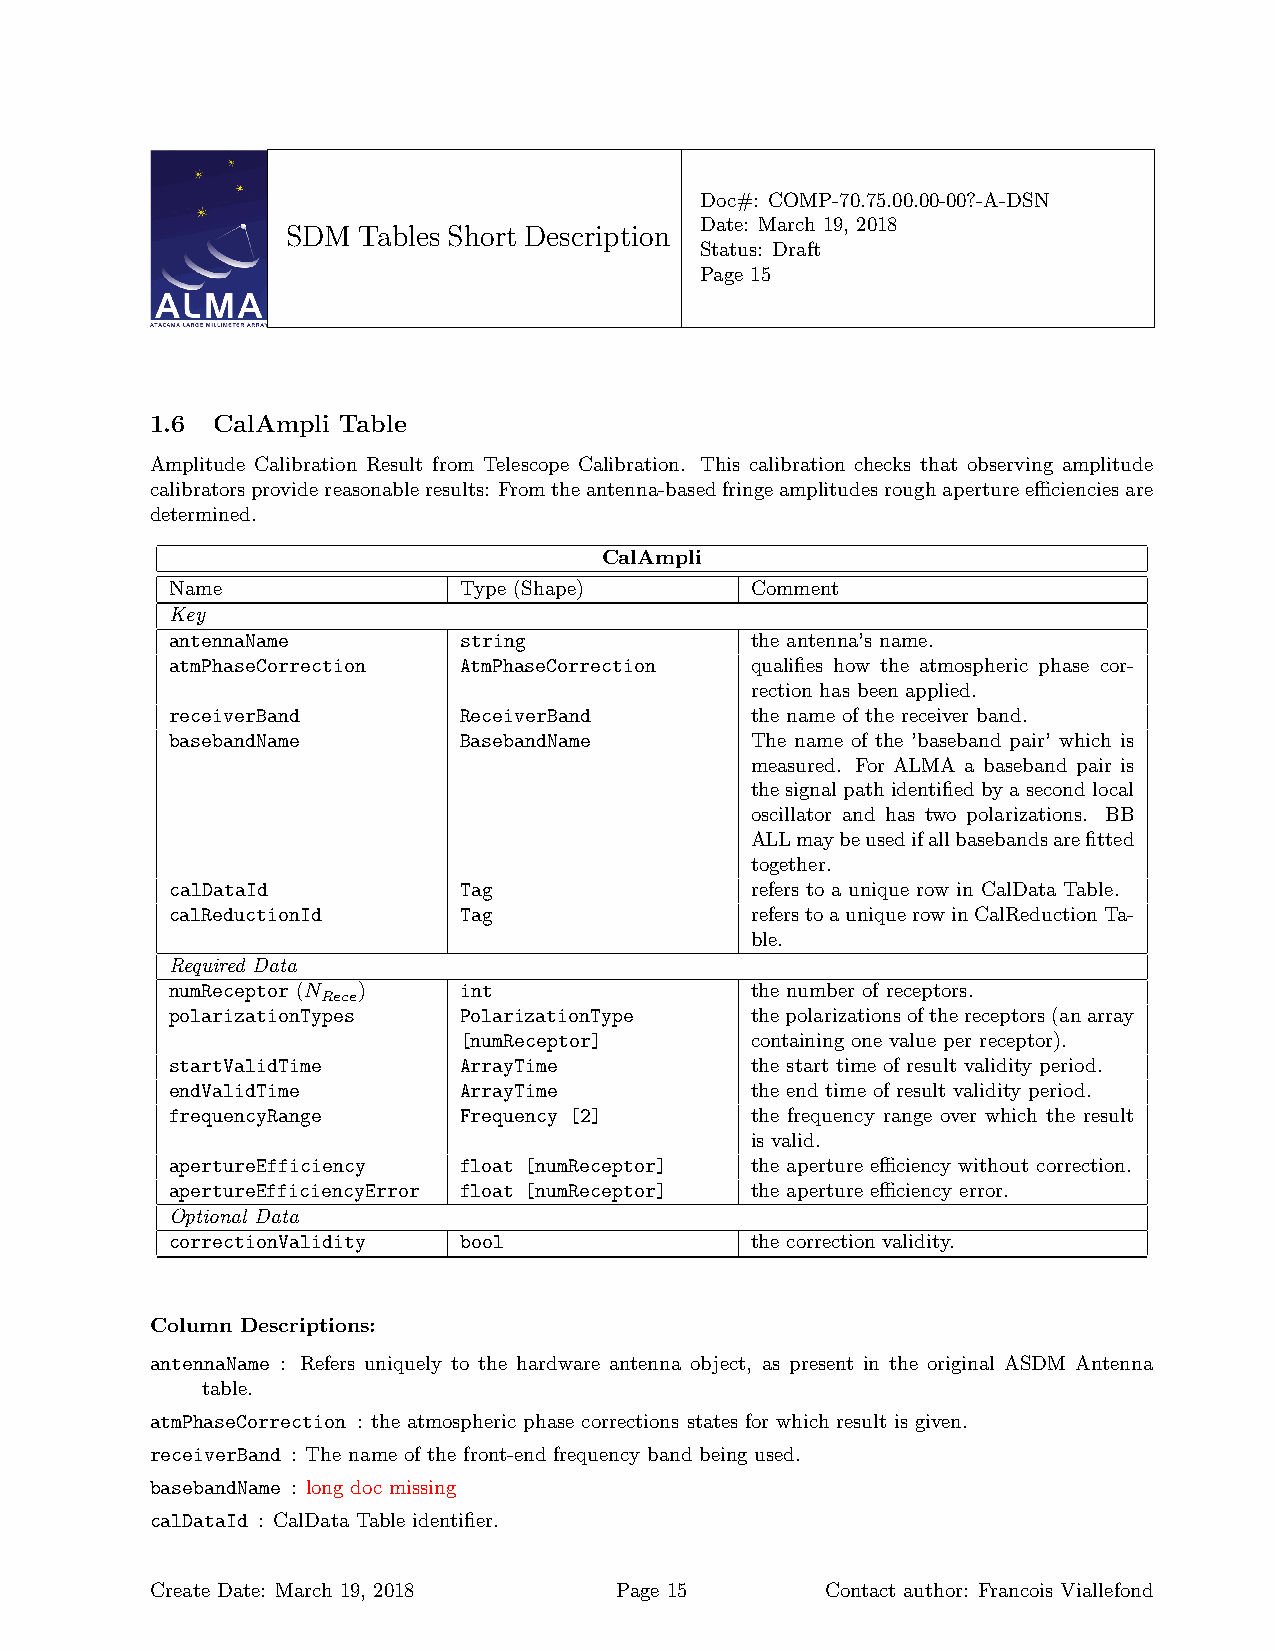
Doc#: COMP-70.75.00.00-00?-A-DSN
 Date: March 19, 2018
 SDM  Tables Short Description
 Status: Draft
 Page 15
 1.6 CalAmpli Table
 Amplitude Calibration Result from Telescope Calibration. This calibration checks that observing amplitude
 calibratorsprovidereasonableresults: Fromtheantenna-basedfringeamplitudesroughapertureefficienciesare
 determined.
 CalAmpli
 Name               Type (Shape)        Comment
 Key
 antennaName        string              the antenna’s name.
 atmPhaseCorrection AtmPhaseCorrection  qualifies how the atmospheric phase cor-
 rection has been applied.
 receiverBand       ReceiverBand        the name of the receiver band.
 basebandName       BasebandName        The name of the ’baseband pair’ which is
 measured. For ALMA a baseband pair is
 thesignalpathidentifiedbyasecondlocal
 oscillator and has two polarizations. BB
 ALLmaybeusedifallbasebandsarefitted
 together.
 calDataId          Tag                 refers to a unique row in CalData Table.
 calReductionId     Tag                 referstoauniquerowinCalReductionTa-
 ble.
 Required Data
 numReceptor (N )   int                 the number of receptors.
 Rece
 polarizationTypes  PolarizationType    thepolarizationsofthereceptors(anarray
 [numReceptor]       containing one value per receptor).
 startValidTime     ArrayTime           the start time of result validity period.
 endValidTime       ArrayTime           the end time of result validity period.
 frequencyRange     Frequency [2]       the frequency range over which the result
 is valid.
 apertureEfficiency float [numReceptor] the aperture efficiency without correction.
 apertureEfficiencyError float [numReceptor] the aperture efficiency error.
 Optional Data
 correctionValidity bool                the correction validity.
 Column Descriptions:
 antennaName : Refers uniquely to the hardware antenna object, as present in the original ASDM Antenna
 table.
 atmPhaseCorrection : the atmospheric phase corrections states for which result is given.
 receiverBand : The name of the front-end frequency band being used.
 basebandName : long doc missing
 calDataId : CalData Table identifier.
 Create Date: March 19, 2018    Page 15       Contact author: Francois Viallefond